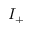
I _ { + }